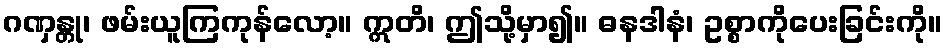
ဂဏှန္တု၊ ဖမ်းယူကြကုန်လော့။ ဣတိ၊ ဤသို့မှာ၍။ ဓနဒါနံ၊ ဥစ္စာကိုပေးခြင်းကို။